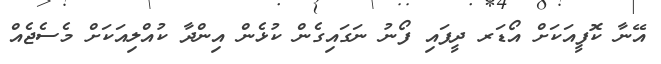
އޭނާ ކޮފީއަކަށް އޯޑަރ ދީފައި ފޯނު ނަގައިގެން ކުޅެން އިންދާ ކުއްލިއަކަށް މެސެޖެއް